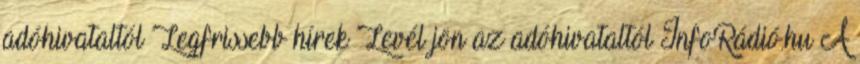
adóhivataltól Legfrissebb hírek Levél jön az adóhivataltól InfoRádió.hu A